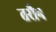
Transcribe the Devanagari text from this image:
तरौन